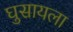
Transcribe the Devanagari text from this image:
घुसायला